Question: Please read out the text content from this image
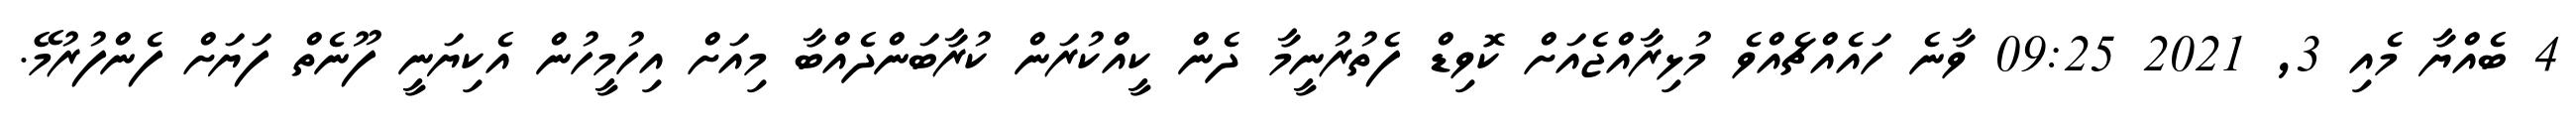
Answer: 4 ބެއްޔާ މެއި 3, 2021 09:25 ވާނެ ހައެއްޗެއްވެ މުޅިރާއްޖެއަށް ކޮވިޑް ފެތުރުނީމާ ދެން ކީއްކުރަން ކުރާބަންދެއްބާ މިއަށް އިހުމީހުން އެކިޔަނީ ފޫނެތް ފަޔަށް ފެންފުރުމޭ.